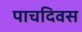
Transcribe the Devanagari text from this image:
पाचदिवस